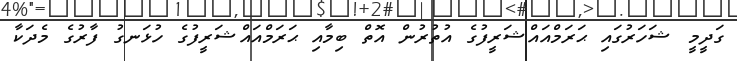
ގަދީމީ ޝަހަރުގައި ޙަރަމްއައްޝަރީފުގެ އުތުރުން އޮތް ބިމާއި ޙަރަމްއައްޝަރީފުގެ ހުޅަނގު ފާރުގެ މެދަކާ